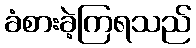
ခံစားခဲ့ကြရသည်